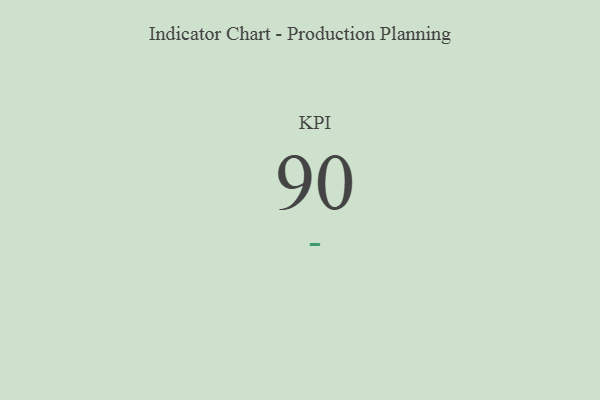
{"axis": {"x": "KPI", "y": "Value"}, "legend": [""], "data": [{"x": "KPI", "y": 90, "type": ""}]}